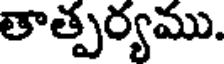
తాత్పర్యము.